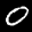
Label: 0